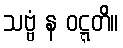
သဗ္ဗံ န ဝဋ္ဋတိ။